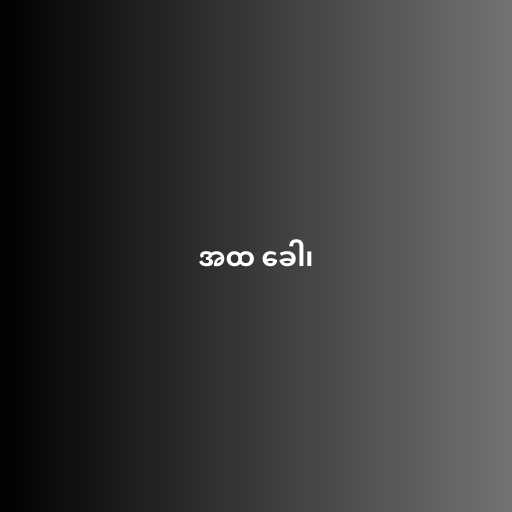
အထ ခေါ၊